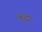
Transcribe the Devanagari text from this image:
श्रद्धां